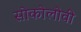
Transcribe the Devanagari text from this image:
सोकोलोवी